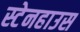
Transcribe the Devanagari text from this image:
स्टेनहाउस